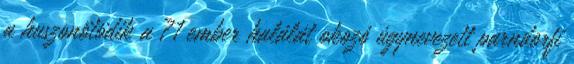
a huszonötödik a 71 ember halálát okozó úgynevezett parndorfi